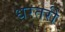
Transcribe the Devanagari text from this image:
धरतरी